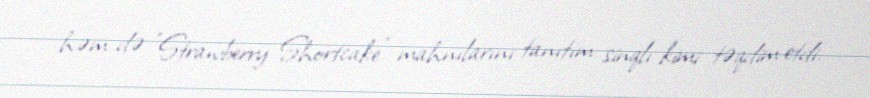
həm də "Strawberry Shortcake" mahnılarını tanıtım sinqlı kimi təqdim etdi.